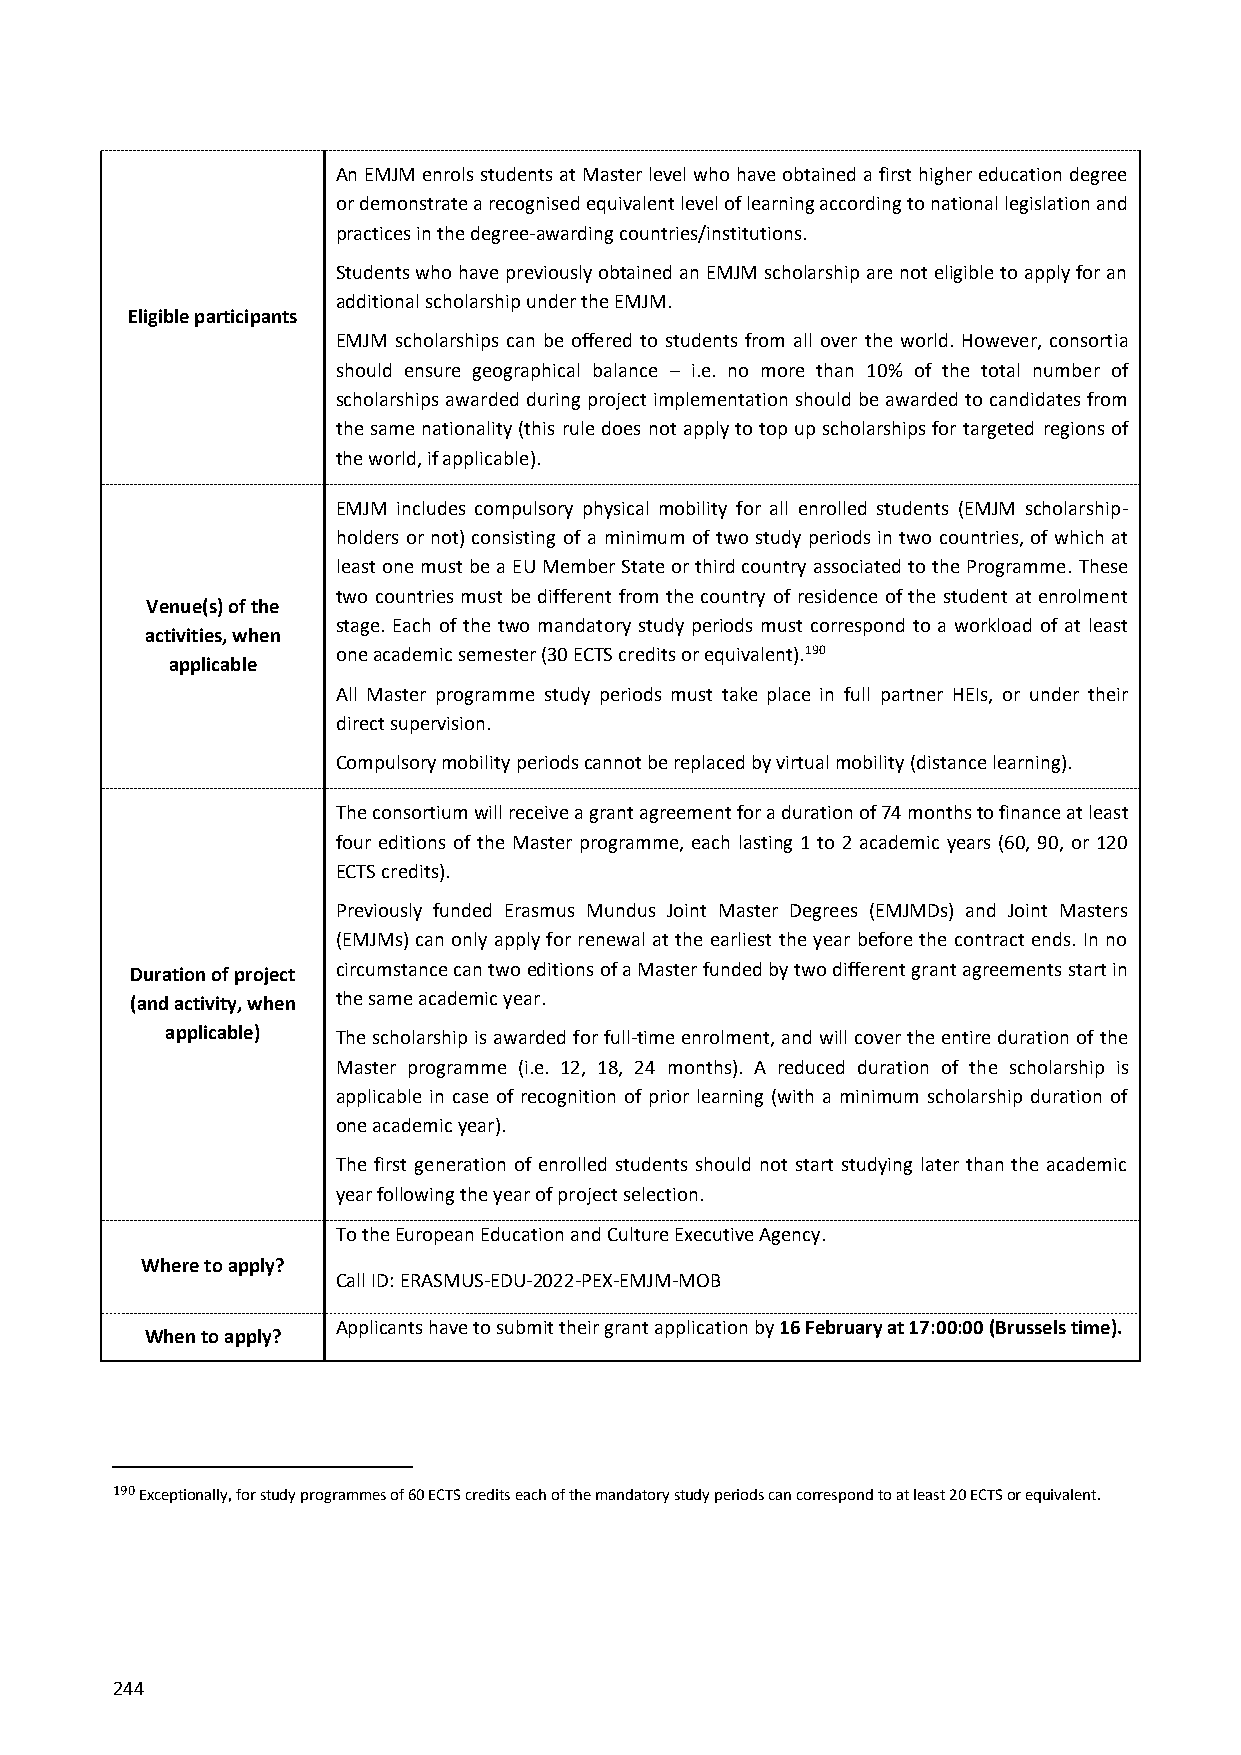
An EMJM enrols students at Master level who have obtained a first higher education degree
 or demonstrate a recognised equivalent level of learning according to national legislation and
 practices in the degree-awarding countries/institutions.
 Students who have previously obtained an EMJM scholarship are not eligible to apply for an
 additional scholarship under the EMJM.
 Eligible participants
 EMJM scholarships can be offered to students from all over the world. However, consortia
 should ensure geographical balance – i.e. no more than 10% of the total number of
 scholarships awarded during project implementation should be awarded to candidates from
 the same nationality (this rule does not apply to top up scholarships for targeted regions of
 the world, if applicable).
 EMJM includes compulsory physical mobility for all enrolled students (EMJM scholarship-
 holders or not) consisting of a minimum of two study periods in two countries, of which at
 least one must be a EU Member State or third country associated to the Programme. These
 two countries must be different from the country of residence of the student at enrolment
 Venue(s) of the
 stage. Each of the two mandatory study periods must correspond to a workload of at least
 activities, when
 one academic semester (30 ECTS credits or equivalent).190
 applicable
 All Master programme study periods must take place in full partner HEIs, or under their
 direct supervision.
 Compulsory mobility periods cannot be replaced by virtual mobility (distance learning).
 The consortium will receive a grant agreement for a duration of 74 months to finance at least
 four editions of the Master programme, each lasting 1 to 2 academic years (60, 90, or 120
 ECTS credits).
 Previously funded Erasmus Mundus Joint Master Degrees (EMJMDs) and Joint Masters
 (EMJMs) can only apply for renewal at the earliest the year before the contract ends. In no
 Duration of project circumstance can two editions of a Master funded by two different grant agreements start in
 (and activity, when the same academic year.
 applicable) The scholarship is awarded for full-time enrolment, and will cover the entire duration of the
 Master programme (i.e. 12, 18, 24 months). A reduced duration of the scholarship is
 applicable in case of recognition of prior learning (with a minimum scholarship duration of
 one academic year).
 The first generation of enrolled students should not start studying later than the academic
 year following the year of project selection.
 To the European Education and Culture Executive Agency.
 Where to apply?
 Call ID: ERASMUS-EDU-2022-PEX-EMJM-MOB
 Applicants have to submit their grant application by 16 February at 17:00:00 (Brussels time).
 When to apply?
 190 Exceptionally, for study programmes of 60 ECTS credits each of the mandatory study periods can correspond to at least 20 ECTS or equivalent.
 244